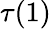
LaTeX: \tau(1)